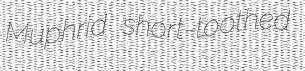
Muphrid short-toothed